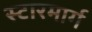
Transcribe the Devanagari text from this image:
स्टारमार्ग